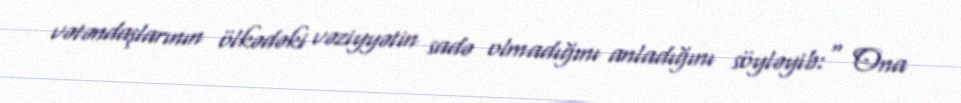
vətəndaşlarının ölkədəki vəziyyətin sadə olmadığını anladığını söyləyib:" Ona